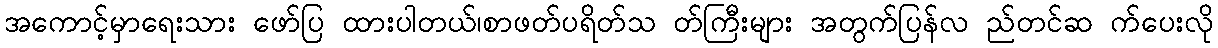
အကောင့်မှာရေးသား ဖော်ပြ ထားပါတယ်၊စာဖတ်ပရိတ်သ တ်ကြီးများ အတွက်ပြန်လ ည်တင်ဆ က်ပေးလို